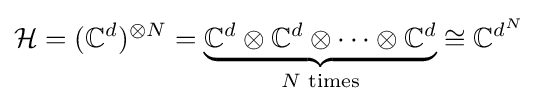
{\mathcal {H}}=(\mathbb {C} ^{d})^{\otimes N}=\underbrace {\mathbb {C} ^{d}\otimes \mathbb {C} ^{d}\otimes \dots \otimes \mathbb {C} ^{d}} _{N{\text{ times}}}\cong \mathbb {C} ^{d^{N}}